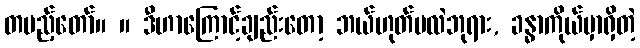
တပည့်တော်။ ။ ဒီဟာကြောင့်ချည်းတော့ ဘယ်ဟုတ်မလဲဘုရား, ခန္ဓာကိုယ်မှာရှိတဲ့